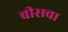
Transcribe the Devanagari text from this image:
बीसवा